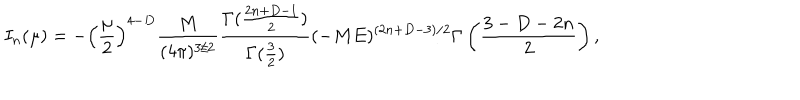
LaTeX: I _ { n } ( \mu ) = - \left( \frac { \mu } { 2 } \right) ^ { 4 - D } \frac { M } { ( 4 \pi ) ^ { 3 / 2 } } \frac { \Gamma ( \frac { 2 n + D - 1 } { 2 } ) } { \Gamma ( \frac { 3 } { 2 } ) } ( - M E ) ^ { ( 2 n + D - 3 ) / 2 } \Gamma \left( \frac { 3 - D - 2 n } { 2 } \right) ,